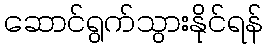
ဆောင်ရွက်သွားနိုင်ရန်